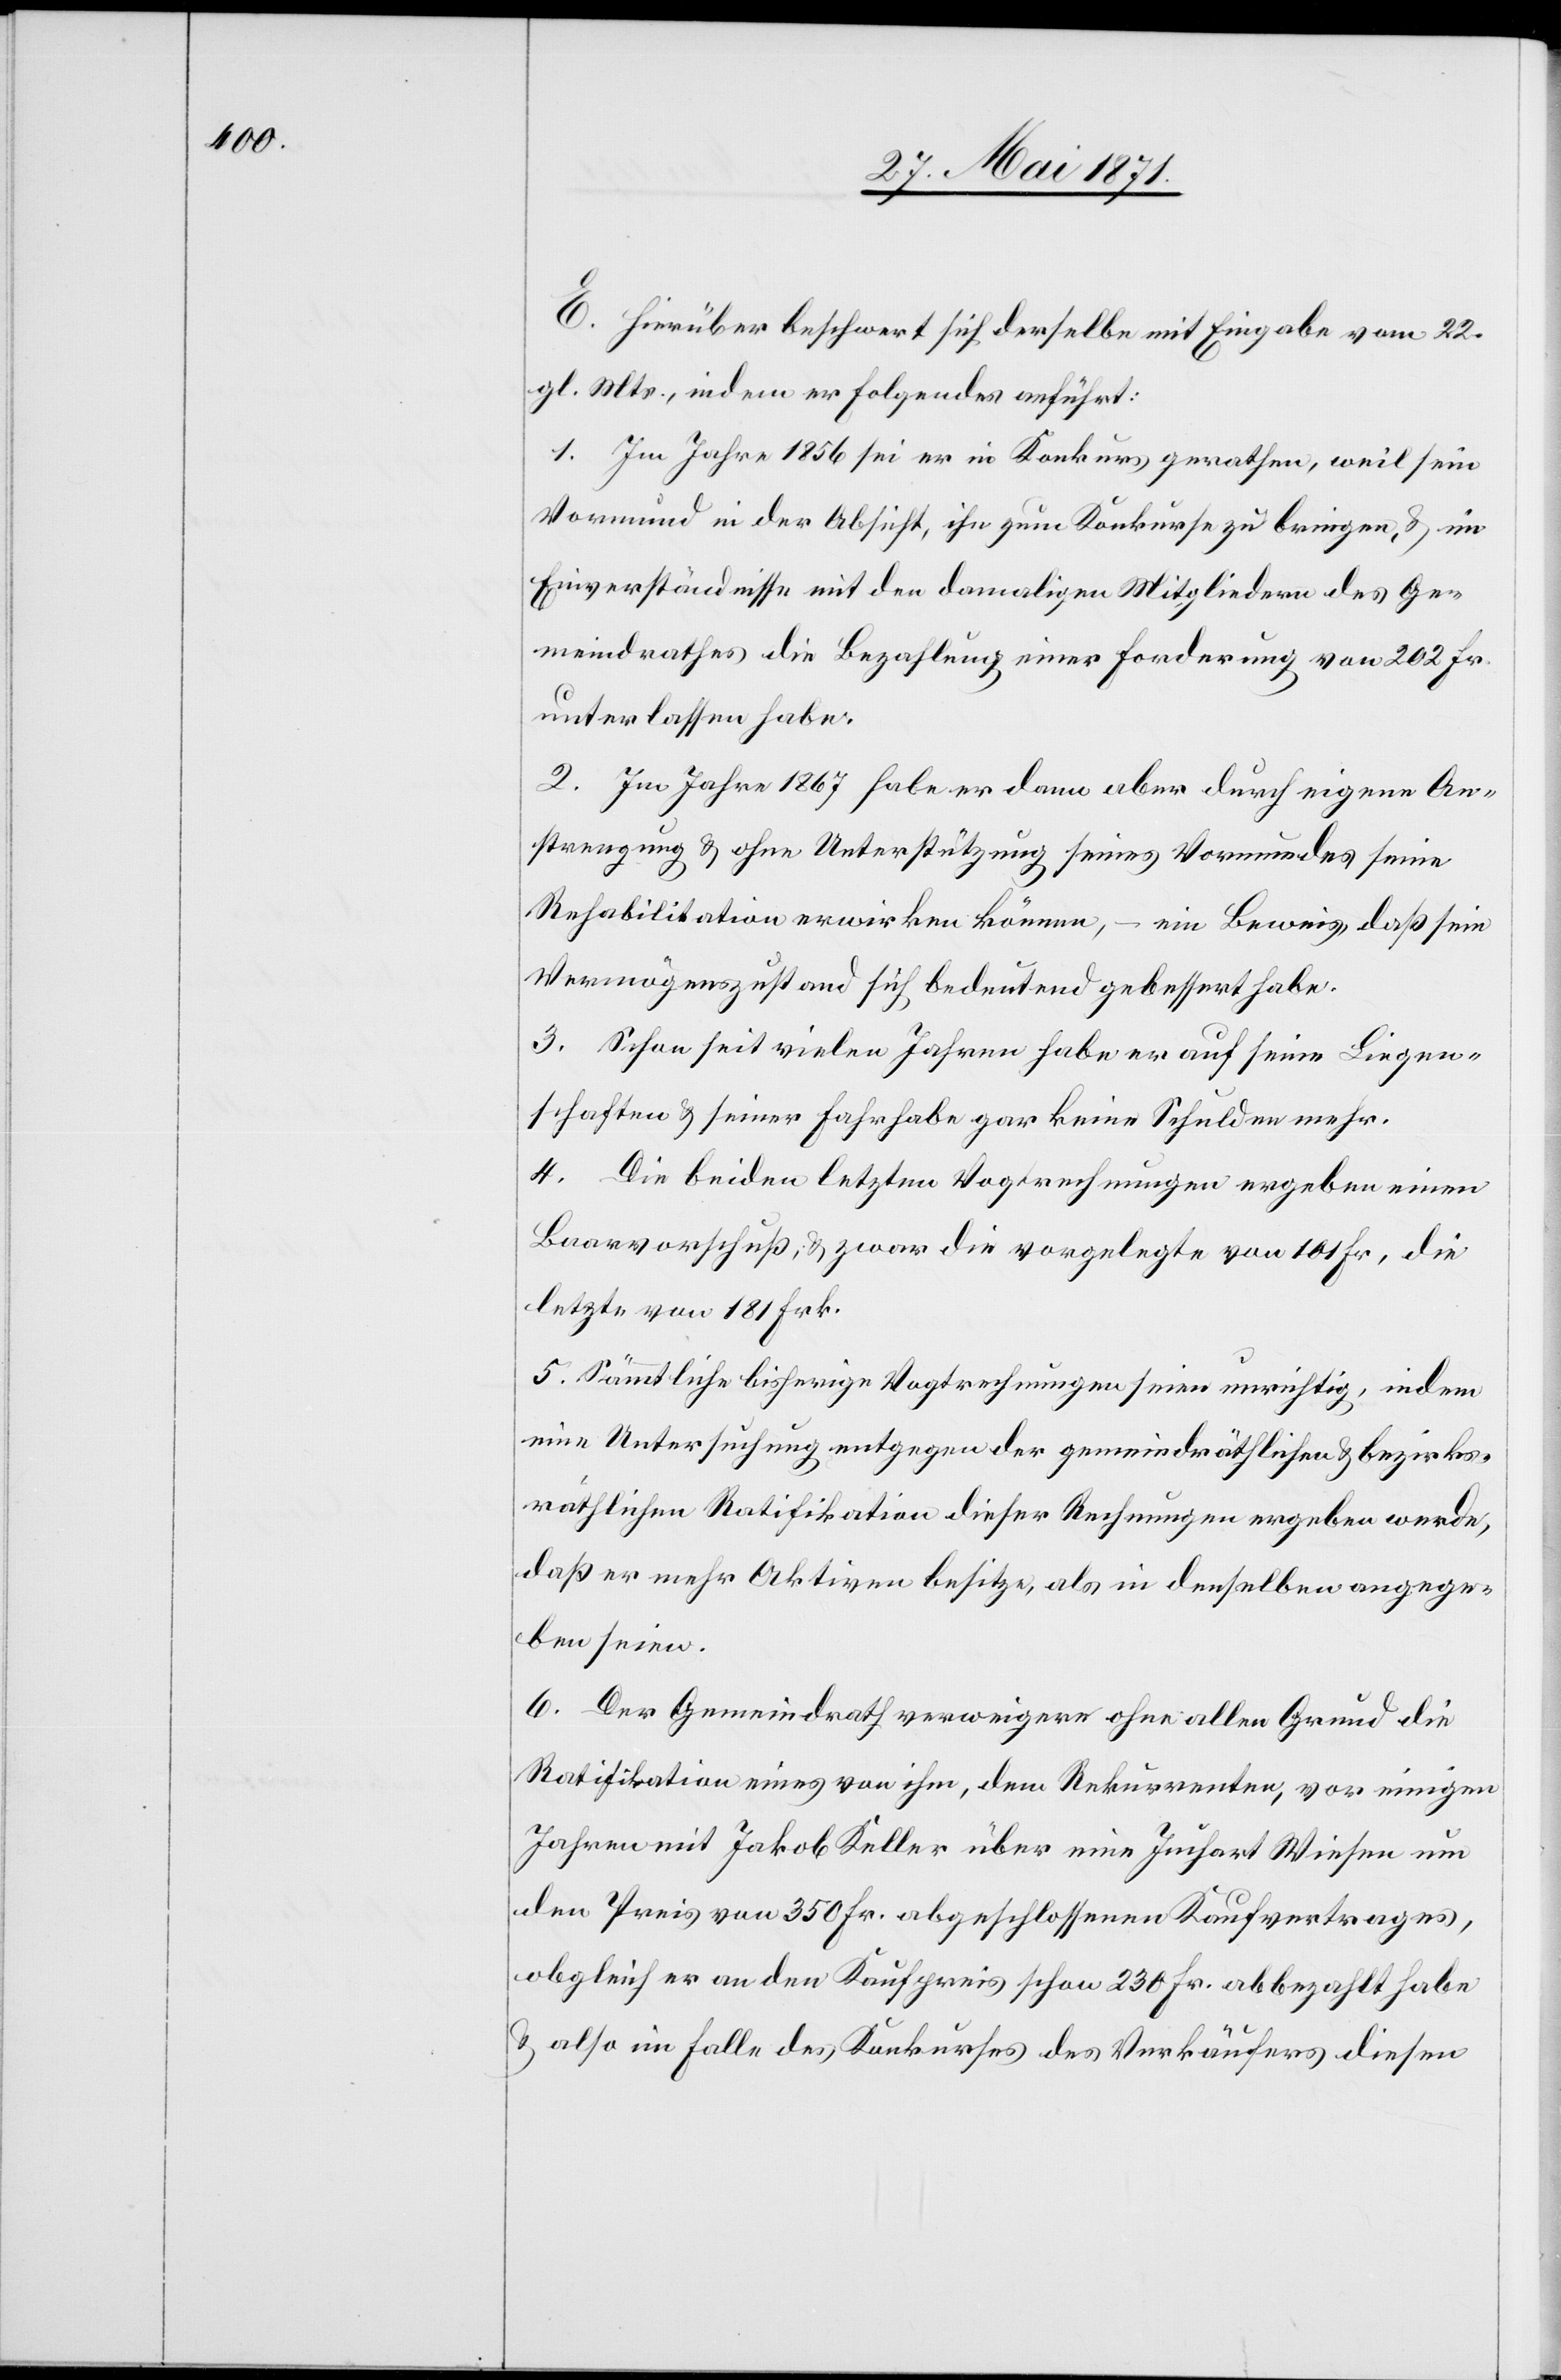
E. Hierüber beschwert sich derselbe mit Eingabe vom 22.
gl. Mts., indem er Folgendes anführt:
1. Im Jahre 1856 sei er in Konkurs gerathen, weil sein
Vormund in der Absicht, ihn zum Konkurse zu bringen, u. im
Einverständnisse mit den damaligen Mitgliedern des Ge¬
meindrathes die Bezahlung einer Forderung von 202 Fr.
unterlassen habe.
2. Im Jahre 1867 habe er dann aber durch eigene An¬
strengung u. ohne Unterstützung seines Vormundes seine
Rehabilitation erwirken können, – ein Beweis, daß sein
Vermögenzustand sich bedeutend gebessert habe.
3. Schon seit vielen Jahren habe er auf seine Liegen¬
schaften u. seiner Fahrhabe gar keine Schulden mehr.
4. Die beiden letzten Vogtrechnungen ergeben einen
Baarvorschuß, u. zwar die vorgelegte von 101 Fr., die
letzte von 181 Frk.
5. Sämmtliche bisherige Vogtrechnungen seien unrichtig, indem
eine Untersuchung entgegen der gemeindräthlichen u. bezirks¬
räthlichen Ratifikation dieser Rechnungen ergeben werde,
daß er mehr Aktiven besitze, als in denselben angege¬
ben seien.
6. Der Gemeindrath verweigere ohne allen Grund die
Ratifikation eines von ihm, dem Rekurrenten, vor einigen
Jahren mit Jakob Keller über eine Juchart Wiesen um
den Preis von 350 Fr. abgeschlossenen Kaufvertrages,
obgleich er an den Kaufpreis schon 230 Fr. abbezahlt habe
u. also im Falle des Konkurses des Verkäufers diesen